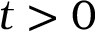
t > 0